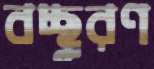
বচ্ছুরণ